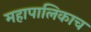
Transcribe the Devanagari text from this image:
महापालिकाच